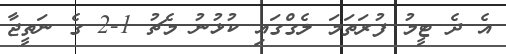
އެ ދެ ޓީމު ފުރަތަމަ ލެގްގައި ކުޅުނު މެޗު 1-2 ގެ ނަތީޖާ